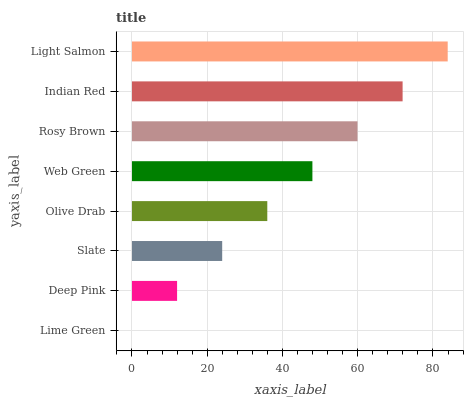
| yaxis_label | bars |
 | --- | --- |
 | Lime Green | 0 |
 | Deep Pink | 12 |
 | Slate | 24 |
 | Olive Drab | 36 |
 | Web Green | 48 |
 | Rosy Brown | 59.9 |
 | Indian Red | 71.9 |
 | Light Salmon | 83.9 |